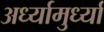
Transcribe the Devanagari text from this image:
अर्ध्यामुर्ध्या